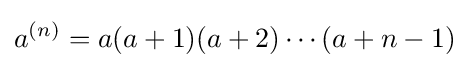
a^{(n)}=a(a+1)(a+2)\cdots (a+n-1)